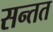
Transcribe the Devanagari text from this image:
सन्तत